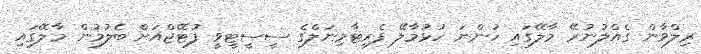
ރިލްވާން ގެއްލުނުރޭ މާލޭގައި ހުންނަ ހުޅުމާލޭ ފެރީޓާމިނަލްގެ ސީސީޓީވީ ފުޓޭޖްއަށް ބެލުމުން މާލޭގައި